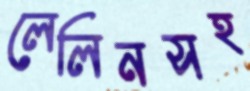
লেলিনসহ